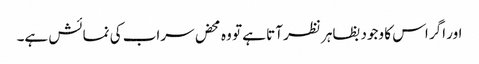
اور اگر اس کا وجود بظاہر نظر آتا ہے تو وہ محض سراب کی نمائش ہے۔